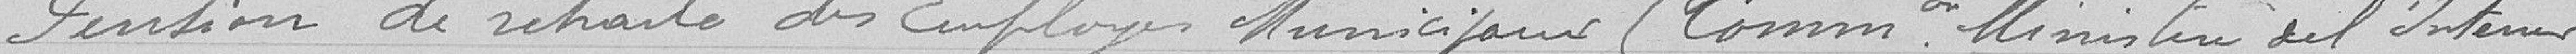
Pension de retraite des employés municipaux (commission ministère de l'intérieur)